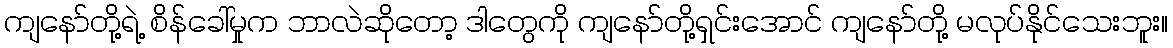
ကျနော်တို့ရဲ့ စိန်ခေါ်မှုက ဘာလဲဆိုတော့ ဒါတွေကို ကျနော်တို့ရှင်းအောင် ကျနော်တို့ မလုပ်နိုင်သေးဘူး။